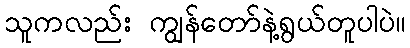
သူကလည်း ကျွန်တော်နဲ့ရွယ်တူပါပဲ။